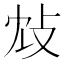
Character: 𢻼